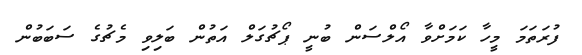
ފުރަތަމަ މީހާ ކަމަށްވާ އޯލްސަން ބުނީ ޕޯޗުގަލް އަތުން ބަލިވި މެޗުގެ ސަބަބުން